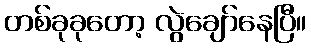
တစ်ခုခုတော့ လွဲချော်နေပြီ။